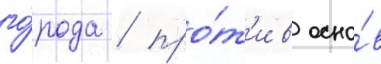
го́рода / про́т'ив осно́в